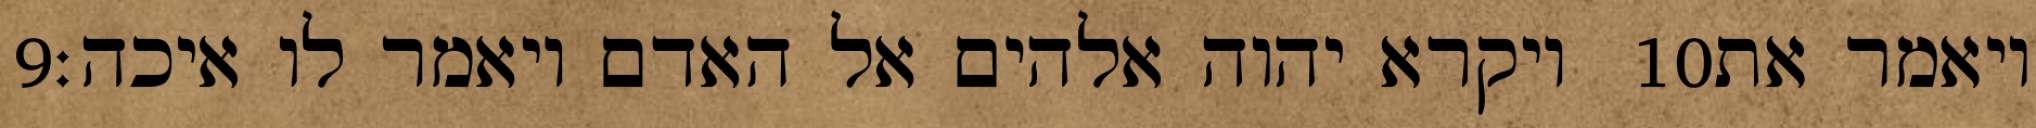
‎9‏ ויקרא יהוה אלהים אל האדם ויאמר לו איכה׃ ‎10‏ ויאמר את